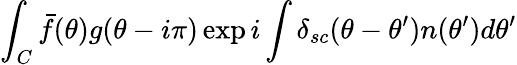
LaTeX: \int_{C}\bar{f}(\theta)g(\theta-i\pi)\exp i\int\delta_{sc}(\theta-\theta^{\prime})n(\theta^{\prime})d\theta^{\prime}